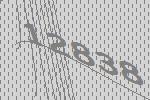
12838